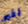
لغير